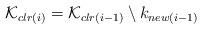
LaTeX: \begin{align*} \mathcal{K}_{clr\left ( i\right )}=\mathcal{K}_{clr\left ( i-1\right )}\setminus k_{new\left (i-1\right )}\end{align*}